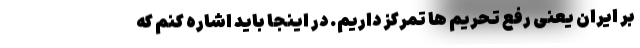
بر ایران یعنی رفع تحریم ها تمرکز داریم. در اینجا باید اشاره کنم که